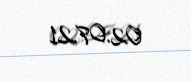
02.07.21